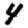
Digit: 4